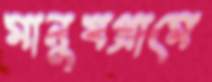
মানুষগ্রামে